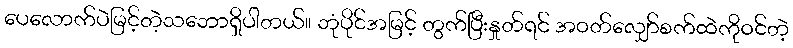
ပေလောက်ပဲမြင့်တဲ့သဘောရှိပါတယ်။ ဘုံပိုင်အမြင့် တွက်ပြီးနှုတ်ရင် အဝတ်လျှော်စက်ထဲကိုဝင်တဲ့